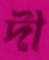
দী